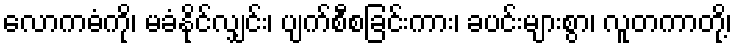
လောကဓံကို၊ မခံနိုင်လျှင်း၊ ပျက်စီစခြင်းကား၊ ခပင်းများစွာ၊ လူတကာတို့၊